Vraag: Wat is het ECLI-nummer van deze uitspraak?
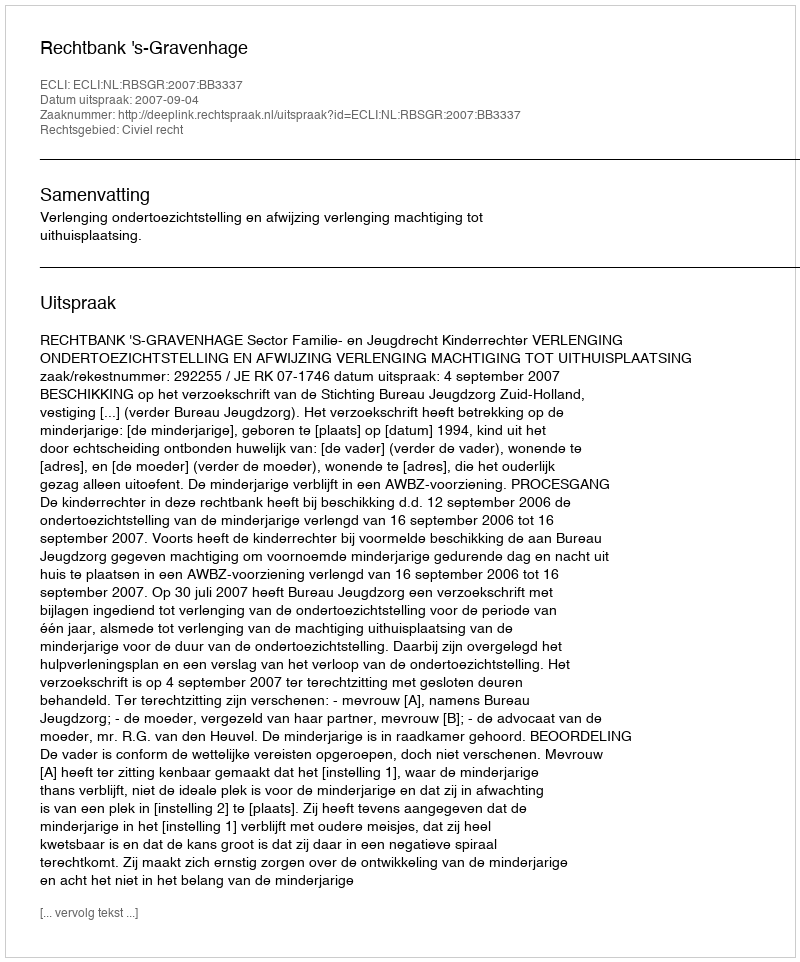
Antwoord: ECLI:NL:RBSGR:2007:BB3337